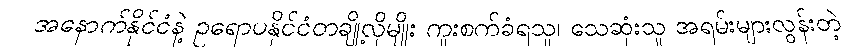
အနောက်နိုင်ငံနဲ့ ဥရောပနိုင်ငံတချို့လိုမျိုး ကူးစက်ခံရသူ၊ သေဆုံးသူ အရမ်းများလွန်းတဲ့